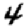
Digit: 4